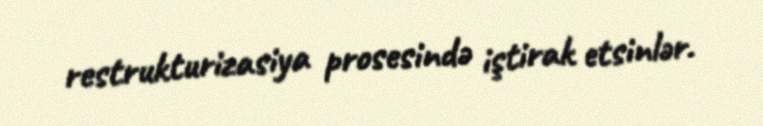
restrukturizasiya prosesində iştirak etsinlər.